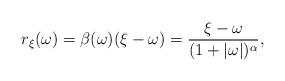
LaTeX: \begin{align*}r_{\xi}(\omega) = \beta(\omega)(\xi - \omega) = \frac{\xi - \omega}{(1 + |\omega |)^{\alpha}},\end{align*}